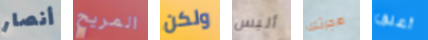
أنصار المريح ولكن ألبس هجرتك أعلق